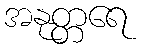
အနုတ္တရေ